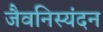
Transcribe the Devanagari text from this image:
जैवनिस्यंदन